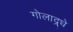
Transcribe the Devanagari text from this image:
गोलाद्र्धे